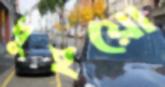
ধুইয়ো